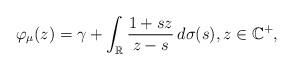
LaTeX: \begin{align*} \varphi_{\mu}(z)=\gamma+\int_{\mathbb{R}}\frac{1+sz}{z-s}\,d\sigma(s), z \in \mathbb{C}^{+},\end{align*}